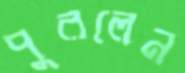
পুরলেন